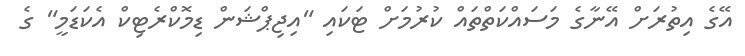
އޭގެ އިތުރަށް އޭނާގެ މަސައްކަތްތައް ކުރުމަށް ޓަކައި "އިޖިޕްޝަން ޑިމޮކްރެޓިކް އެކަޑަމީ" ގެ